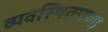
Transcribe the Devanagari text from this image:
व्यवस्थितपणा